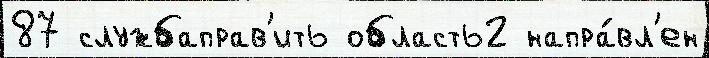
87 службаправ'ить область2 напра́вл'ен